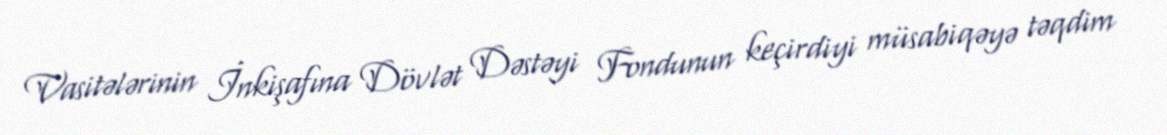
Vasitələrinin İnkişafına Dövlət Dəstəyi Fondunun keçirdiyi müsabiqəyə təqdim